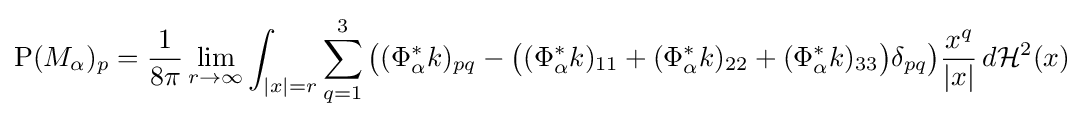
{\text{P}}(M_{\alpha })_{p}={\frac {1}{8\pi }}\lim _{r\to \infty }\int _{|x|=r}\sum _{q=1}^{3}{\big (}(\Phi _{\alpha }^{\ast }k)_{pq}-{\big (}(\Phi _{\alpha }^{\ast }k)_{11}+(\Phi _{\alpha }^{\ast }k)_{22}+(\Phi _{\alpha }^{\ast }k)_{33}{\big )}\delta _{pq}{\big )}{\frac {x^{q}}{|x|}}\,d{\mathcal {H}}^{2}(x)